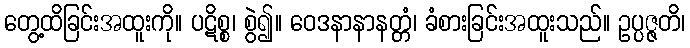
တွေ့ထိခြင်းအထူးကို။ ပဋိစ္စ၊ စွဲ၍။ ဝေဒနာနာနတ္တံ၊ ခံစားခြင်းအထူးသည်။ ဥပ္ပဇ္ဇတိ၊